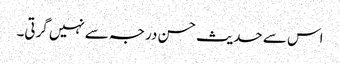
اس سے حدیث حسن درجہ سےنہیں گرتی۔